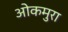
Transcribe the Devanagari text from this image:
ओकमुरा